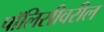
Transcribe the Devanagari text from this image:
पॉलिसीवरील